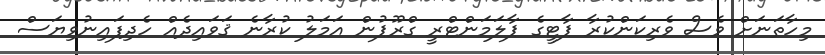
މިހާތަނަށް ވެސް ވެރިކަންކުރާ ޕާޓީގެ ޕާލަމަންޓްރީ ގްރޫޕުން އަމަލު ކުރާނެ ޤަވައިދެއް ހެދިފައިނުވިޔަސް